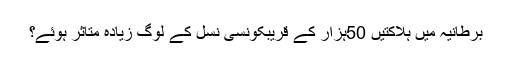
برطانیہ میں ہلاکتیں 50ہزار کے قریبکونسی نسل کے لوگ زیادہ متاثر ہوئے؟